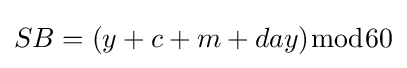
SB=(y+c+m+day){\bmod {6}}0